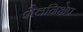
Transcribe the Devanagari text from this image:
शैलनिक्षेप